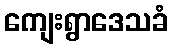
ကျေးရွာဒေသခံ